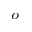
^ { o }